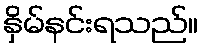
နှိမ်နင်းရသည်။